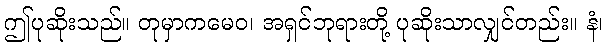
ဤပုဆိုးသည်။ တုမှာကမေဝ၊ အရှင်ဘုရားတို့ ပုဆိုးသာလျှင်တည်း။ နံ၊